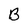
Character: B